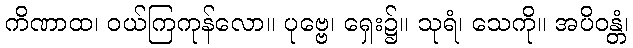
ကိဏာထ၊ ဝယ်ကြကုန်လော။ ပုဗ္ဗေ၊ ရှေး၌။ သုရံ၊ သေကို။ အပိဝန္တံ၊